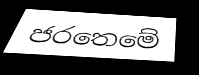
ජරතෙමේ